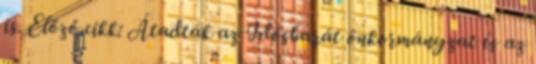
is. Előző cikk: Átadták az Idősbarát önkormányzat és az